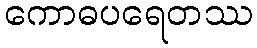
ကောဓပရေတဿ